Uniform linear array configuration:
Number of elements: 4
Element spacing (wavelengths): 0.5
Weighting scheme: cosine
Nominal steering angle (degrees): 30
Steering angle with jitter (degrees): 29.033
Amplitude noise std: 0.05
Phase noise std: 0.05

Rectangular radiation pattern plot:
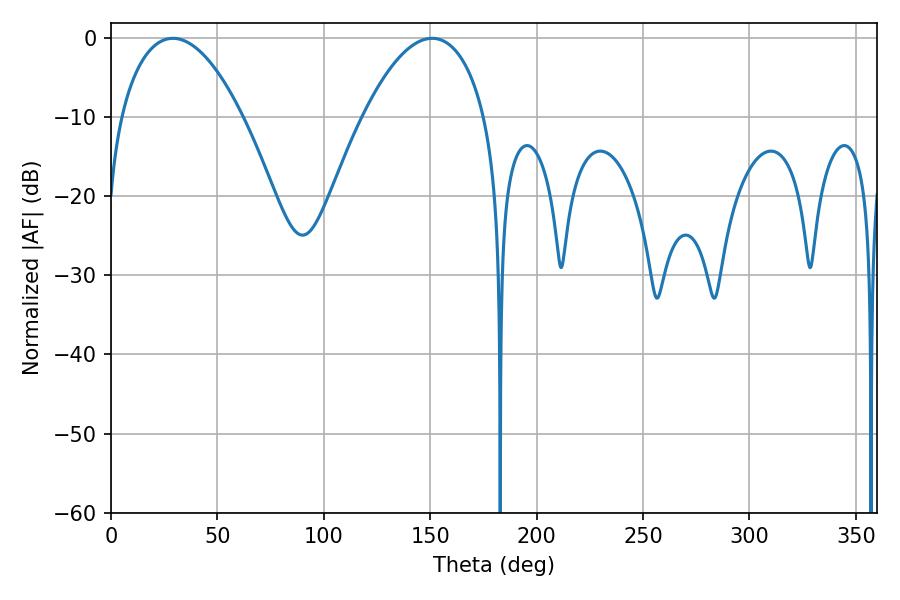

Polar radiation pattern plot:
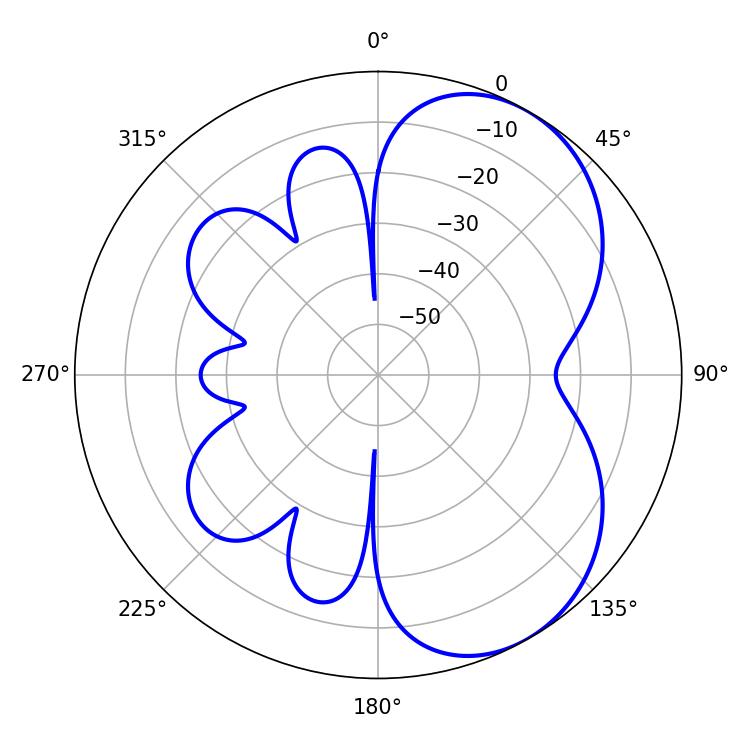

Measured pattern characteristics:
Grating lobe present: FALSE
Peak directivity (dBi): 5.377
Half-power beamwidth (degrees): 32.04
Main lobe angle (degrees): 29.16